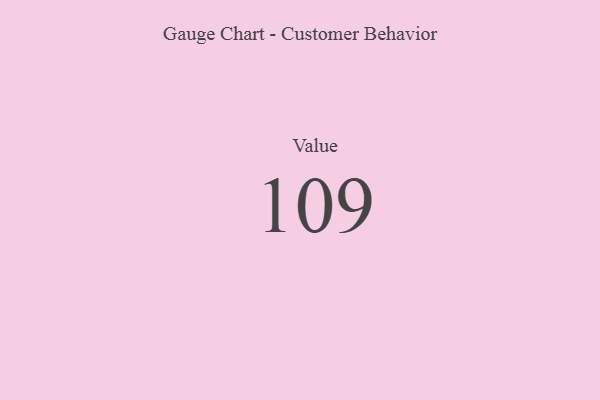
{"axis": {"x": "Metric", "y": "Value"}, "legend": [""], "data": [{"x": "Value", "y": 109, "type": ""}]}